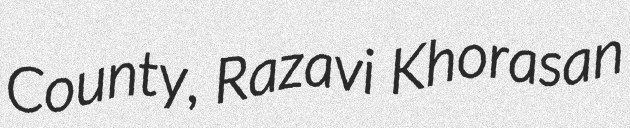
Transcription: County, Razavi Khorasan